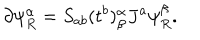
LaTeX: \partial \psi _ { R } ^ { \alpha } = S _ { a b } ( t ^ { b } ) _ { \beta } ^ { \alpha } J ^ { a } \psi _ { R } ^ { \beta } .